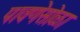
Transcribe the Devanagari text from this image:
पावणेसोळा